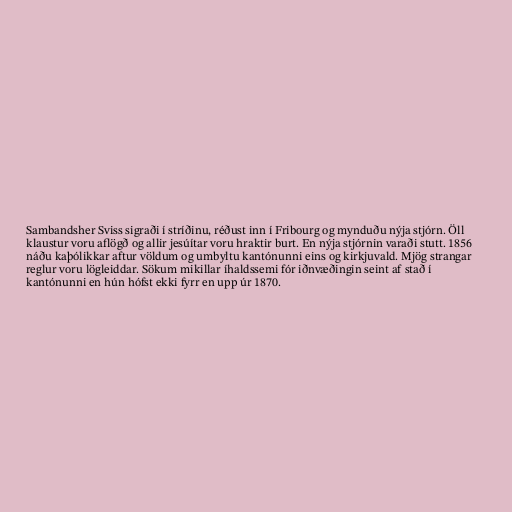
Sambandsher Sviss sigraði í stríðinu, réðust inn í Fribourg og mynduðu nýja stjórn. Öll
klaustur voru aflögð og allir jesúítar voru hraktir burt. En nýja stjórnin varaði stutt. 1856
náðu kaþólikkar aftur völdum og umbyltu kantónunni eins og kirkjuvald. Mjög strangar
reglur voru lögleiddar. Sökum mikillar íhaldssemi fór iðnvæðingin seint af stað í
kantónunni en hún hófst ekki fyrr en upp úr 1870.